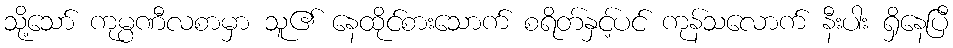
သို့သော် ကုမ္ပဏီလစာမှာ သူ၏ နေထိုင်စားသောက် စရိတ်နှင့်ပင် ကုန်သလောက် နီးပါး ရှိနေပြီ